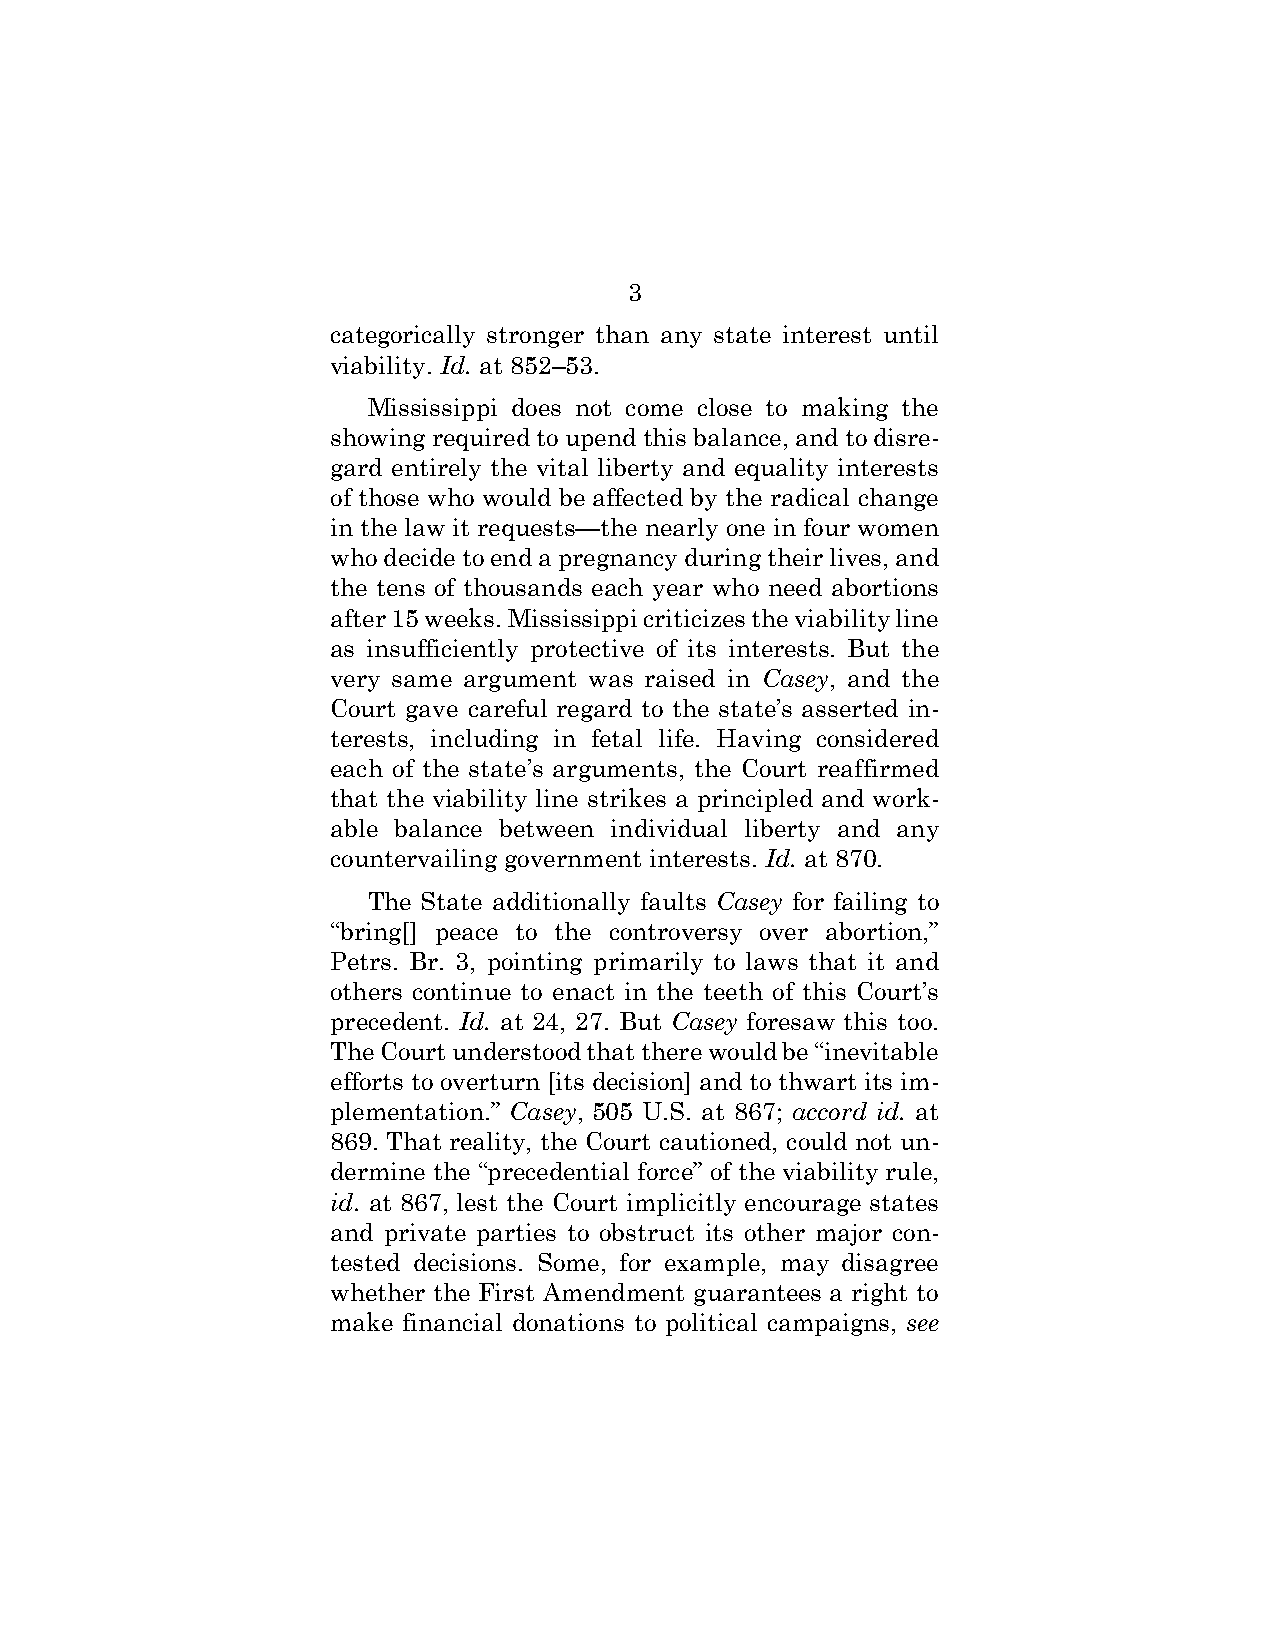
3
 categorically stronger than any state interest until
 viability. Id. at 852–53.
 Mississippi does not come close to making the
 showing required to upend this balance, and to disre-
 gard entirely the vital liberty and equality interests
 of those who would be affected by the radical change
 in the law it requests—the nearly one in four women
 who decide to end a pregnancy during their lives, and
 the tens of thousands each year who need abortions
 after 15 weeks. Mississippi criticizes the viability line
 as insufficiently protective of its interests. But the
 very same argument was raised in Casey, and the
 Court gave careful regard to the state’s asserted in-
 terests, including in fetal life. Having considered
 each of the state’s arguments, the Court reaffirmed
 that the viability line strikes a principled and work-
 able balance between individual liberty and any
 countervailing government interests. Id. at 870.
 The State additionally faults Casey for failing to
 “bring[] peace to the controversy over abortion,”
 Petrs. Br. 3, pointing primarily to laws that it and
 others continue to enact in the teeth of this Court’s
 precedent. Id. at 24, 27. But Casey foresaw this too.
 The Court understood that there would be “inevitable
 efforts to overturn [its decision] and to thwart its im-
 plementation.” Casey, 505 U.S. at 867; accord id. at
 869. That reality, the Court cautioned, could not un-
 dermine the “precedential force” of the viability rule,
 id. at 867, lest the Court implicitly encourage states
 and private parties to obstruct its other major con-
 tested decisions. Some, for example, may disagree
 whether the First Amendment guarantees a right to
 make financial donations to political campaigns, see